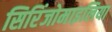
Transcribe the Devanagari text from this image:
सिरिंजोमाइलिया